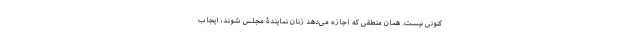
کنونی نیست. همان منطقی که اجازه می‌دهد زنان نمایندۀ مجلس شوند، ایجاب